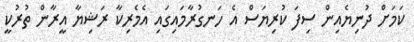
ކަމަށް ދުނިޔެއިން ސިފަ ކުރިޔަސް އެ ހަނގުރާމައިގައި އެމެރިކާ ރަޝިޔާ އީރާން ތުރުކީ